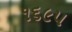
૧૬૯૫